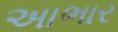
અાભાર